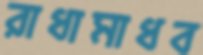
রাধামাধব